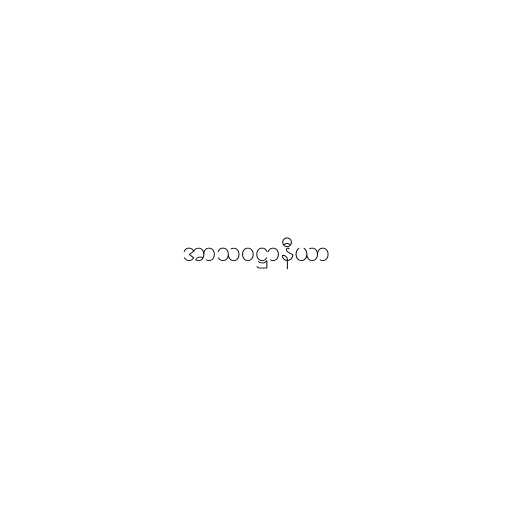
အာသဝဋ္ဌာနီယာ